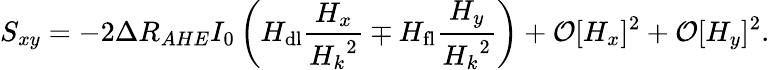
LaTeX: S_{xy}=-2\Delta R_{AHE}I_{0}\left(H_{\mathrm{dl}}\frac{H_{x}}{{H_{k}}^{2}}\mp H_{\mathrm{fl}}\frac{H_{y}}{{H_{k}}^{2}}\right)+\mathcal{O}[H_{x}]^{2}+\mathcal{O}[H_{y}]^{2}.